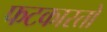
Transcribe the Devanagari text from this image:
फटकारतो